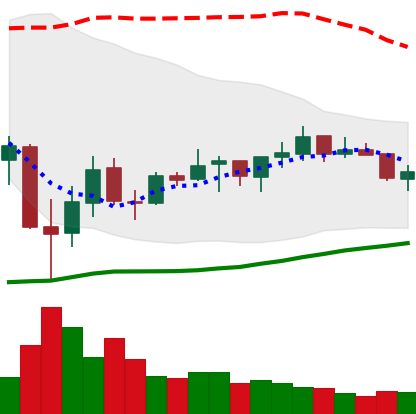
Ticker: ADA-USD
Chart end date: 2021-07-09
Forward return: -6.463%
Label: down_5_7